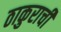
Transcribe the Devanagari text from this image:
ठाकुराची